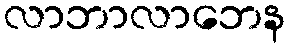
လာဘာလာဘေန